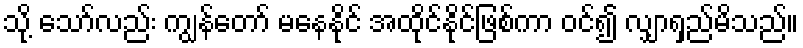
သို့ သော်လည်း ကျွန်တော် မနေနိုင် အထိုင်နိုင်ဖြစ်ကာ ဝင်၍ လျှာရှည်မိသည်။